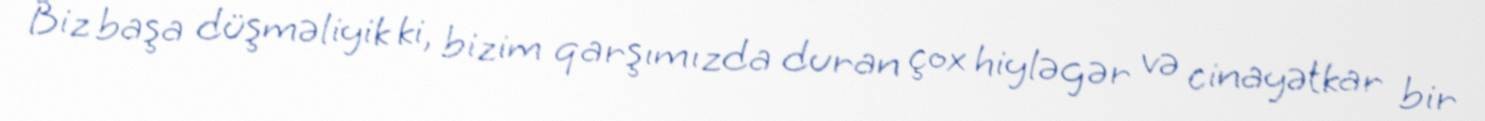
Biz başa düşməliyik ki, bizim qarşımızda duran çox hiyləgər və cinayətkar bir